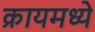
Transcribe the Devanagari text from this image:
क्रायमध्ये